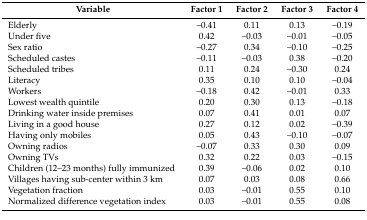
<table><thead><tr><td><b>Variable</b></td><td><b>Factor 1</b></td><td><b>Factor 2</b></td><td><b>Factor 3</b></td><td><b>Factor 4</b></td></tr></thead><tbody><tr><td>Elderly</td><td>–0.41</td><td>0.11</td><td>0.13</td><td>–0.19</td></tr><tr><td>Under five</td><td>0.42</td><td>–0.03</td><td>–0.01</td><td>–0.05</td></tr><tr><td>Sex ratio</td><td>–0.27</td><td>0.34</td><td>–0.10</td><td>–0.25</td></tr><tr><td>Scheduled castes</td><td>–0.11</td><td>–0.03</td><td>0.38</td><td>–0.20</td></tr><tr><td>Scheduled tribes</td><td>0.11</td><td>0.24</td><td>–0.30</td><td>0.24</td></tr><tr><td>Literacy</td><td>0.35</td><td>0.10</td><td>0.10</td><td>–0.04</td></tr><tr><td>Workers</td><td>–0.18</td><td>0.42</td><td>–0.01</td><td>0.33</td></tr><tr><td>Lowest wealth quintile</td><td>0.20</td><td>0.30</td><td>0.13</td><td>–0.18</td></tr><tr><td>Drinking water inside premises</td><td>0.07</td><td>0.41</td><td>0.01</td><td>0.07</td></tr><tr><td>Living in a good house</td><td>0.27</td><td>0.12</td><td>0.02</td><td>–0.39</td></tr><tr><td>Having only mobiles</td><td>0.05</td><td>0.43</td><td>–0.10</td><td>–0.07</td></tr><tr><td>Owning radios</td><td>–0.07</td><td>0.33</td><td>0.30</td><td>0.09</td></tr><tr><td>Owning TVs</td><td>0.32</td><td>0.22</td><td>0.03</td><td>–0.15</td></tr><tr><td>Children (12–23 months) fully immunized</td><td>0.39</td><td>–0.06</td><td>0.02</td><td>0.10</td></tr><tr><td>Villages having sub-center within 3 km</td><td>0.07</td><td>0.03</td><td>0.08</td><td>0.66</td></tr><tr><td>Vegetation fraction</td><td>0.03</td><td>–0.01</td><td>0.55</td><td>0.10</td></tr><tr><td>Normalized difference vegetation index</td><td>0.03</td><td>–0.01</td><td>0.55</td><td>0.08</td></tr></tbody></table>